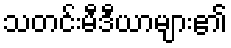
သတင်းမီဒီယာများ၏